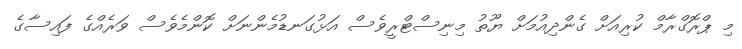
މި ޕްރޮގްރާމް ކުރިއަށް ގެންދިއުމަށް ޔޫތު މިނިސްޓްރީވެސް އަޅުގަނޑުމެންނަށް ކޮންމެވެސް ވަރެއްގެ ފައިސާގެ